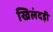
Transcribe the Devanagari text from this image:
खिलंदड़ी